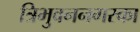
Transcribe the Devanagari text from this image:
त्रिभुवननगरका